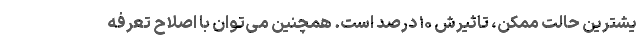
یشترین حالت ممکن، تاثیرش ۱۰ درصد است. همچنین می‌توان با اصلاح تعرفه